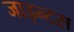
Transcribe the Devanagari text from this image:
जाइन्टस